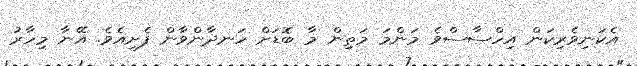
އެކަނިވެރިކަން އިހްސާސްވެ މަންމަ މަތިން މާ ބޮޑަށް ހަނދާންވާން ފެށިއެވެ. އޭނާ މިހާރު